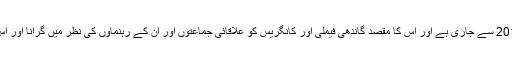
مودی کا یہ انداز 2014 سے جاری ہے اور اس کا مقصد گاندھی فیملی اور کانگریس کو علاقائی جماعتوں اور ان کے رہنماؤں کی نظر میں گرانا اور اس سے دور کرنا ہے۔